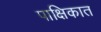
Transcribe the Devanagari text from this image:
पाक्षिकात